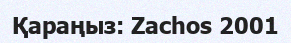
Қараңыз: Zachos 2001